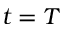
t = T